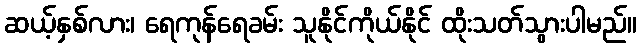
ဆယ့်နှစ်လား၊ ရေကုန်ရေခမ်း သူနိုင်ကိုယ်နိုင် ထိုးသတ်သွားပါမည်။